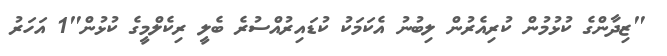
"ޒިދާންގެ ކުޅުމުން ކުރިއެރުން ލިބުނު އެކަމަކު ކުޑައިރުއްސުރެ ބެލީ ރިކެލްމީގެ ކުޅުން"1 އަހަރު